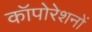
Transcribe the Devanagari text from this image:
कॉपोरेशनों